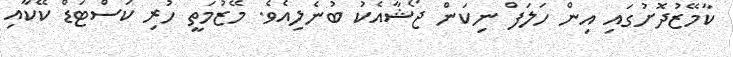
ކާމޭޒުދޮށުގައި އިން ހަލަފް ނިކަން ޖޯޝާއެކު ބުނެލިއެވެ. މޭޒުމަތީ ހުރި ކަސްޓަޑް ކޭކާއި